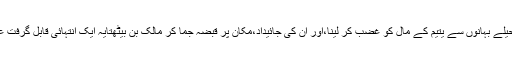
مختلف حیلے بہانوں سے یتیم کے مال کو غضب کر لینا،اور ان کی جائیداد،مکان پر قبضہ جما کر مالک بن بیٹھتایہ ایک انتہائی قابل گرفت عمل ہے۔